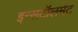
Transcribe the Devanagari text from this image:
इन्सटॉलमेंट